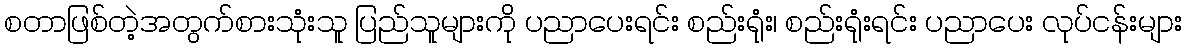
စတာဖြစ်တဲ့အတွက်စားသုံးသူ ပြည်သူများကို ပညာပေးရင်း စည်းရုံး၊ စည်းရုံးရင်း ပညာပေး လုပ်ငန်းများ